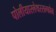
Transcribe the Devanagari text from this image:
पोलीयारलेथरसल्फोन